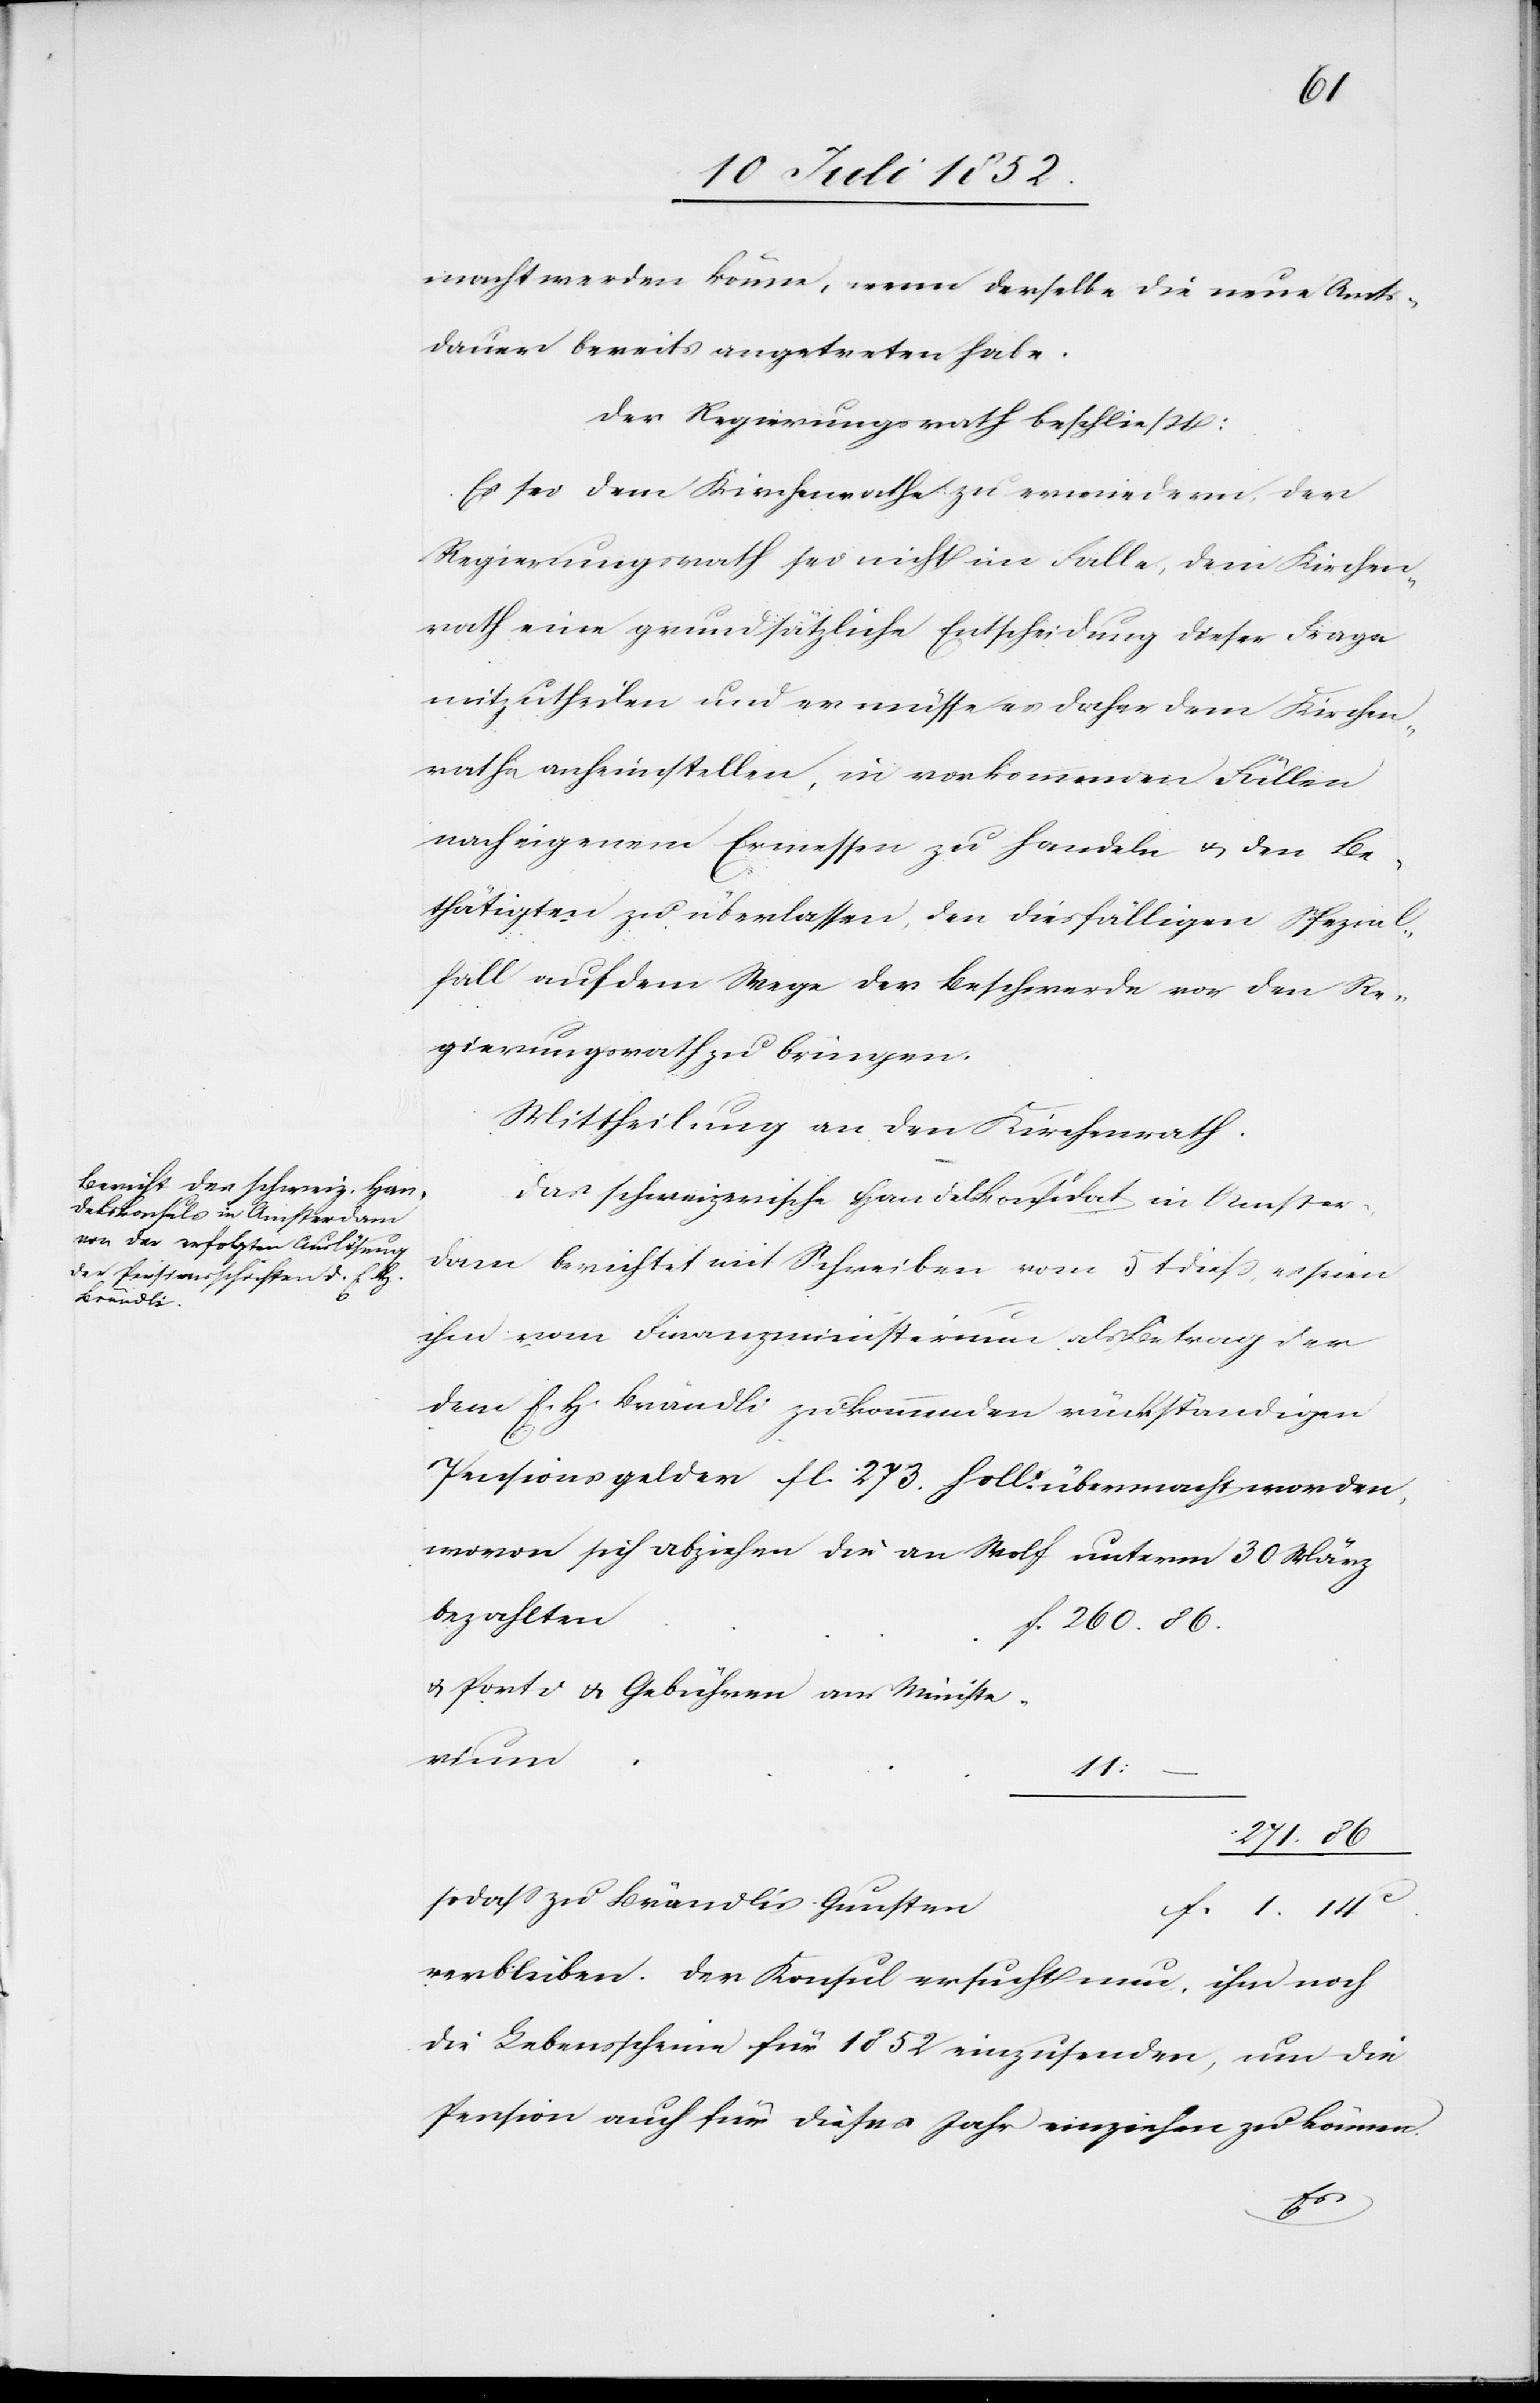
abziehen die

macht werden könne, wenn derselbe die neue Amts¬
dauer bereits angetreten habe.
Der Regierungsrath beschließt:
Es sei dem Kirchenrathe zu erwiedern, der
Regierungsrath sei nicht im Falle, dem Kirchen¬
rath eine grundsätzliche Entscheidung dieser Frage
mitzutheilen und er müsse es daher dem Kirchen¬
rathe anheimstellen, in vorkommenden Fällen
nach eigenem Ermessen zu handeln & den Be¬
thätigten zu überlassen, den diesfälligen Spezial¬
fall auf dem Wege der Beschwerde vor den Re¬
gierungsrath zu bringen.
Mittheilung an den Kirchenrath.
Das schweizerische Handelskonsulat in Amster¬
dam berichtet in s. Schreiben vom 5t dieß, es seien
ihm vom Finanzministerium als Betrag der
dem E. H. Brändli zukommenden rückständigen
Pensionsgelder fl. 273. holl. übermacht worden,
bezahlten
f. 260. 86.
& Porti & Gebühren ans Ministe¬
rium
11:
271. 86
sodass zu Brändlis Gunsten
f. 1. 14
verbleiben. Der Konsul ersucht nun, ihm noch
die Lebensscheine für 1852 einzusenden, um die
Pension auch für dieses Jahr einziehen zu können.